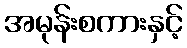
အမုန်းစကားနှင့်